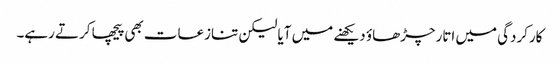
کارکردگی میں اتارچڑھاؤ دیکھنے میں آیا لیکن تنازعات بھی پیچھا کرتے رہے۔